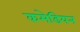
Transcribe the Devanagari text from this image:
कमेडियन